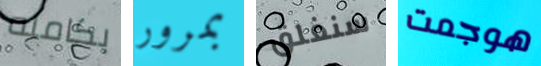
بكامله بمرور سنغلق هوجمت